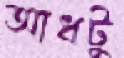
আধটু